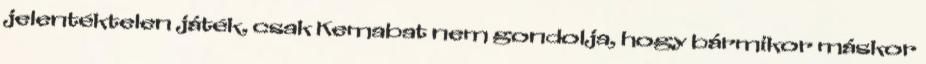
jelentéktelen játék, csak Kemabat nem gondolja, hogy bármikor máskor